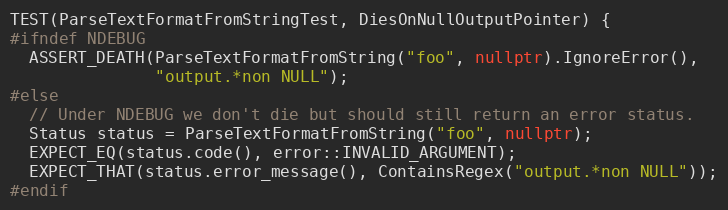
Language: C++
TEST(ParseTextFormatFromStringTest, DiesOnNullOutputPointer) {
#ifndef NDEBUG
  ASSERT_DEATH(ParseTextFormatFromString("foo", nullptr).IgnoreError(),
               "output.*non NULL");
#else
  // Under NDEBUG we don't die but should still return an error status.
  Status status = ParseTextFormatFromString("foo", nullptr);
  EXPECT_EQ(status.code(), error::INVALID_ARGUMENT);
  EXPECT_THAT(status.error_message(), ContainsRegex("output.*non NULL"));
#endif